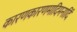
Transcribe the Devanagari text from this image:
कारणकारणमादिमनादिं